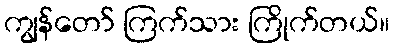
ကျွန်တော် ကြက်သား ကြိုက်တယ်။